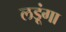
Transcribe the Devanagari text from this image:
लड़ूंगा